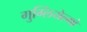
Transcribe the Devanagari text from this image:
गुग्लियेल्मो